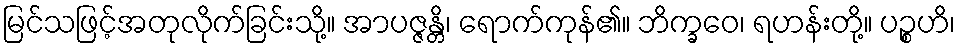
မြင်သဖြင့်အတုလိုက်ခြင်းသို့။ အာပဇ္ဇန္တိ၊ ရောက်ကုန်၏။ ဘိက္ခဝေ၊ ရဟန်းတို့။ ပဉ္စဟိ၊